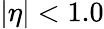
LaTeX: |\eta|<1.0